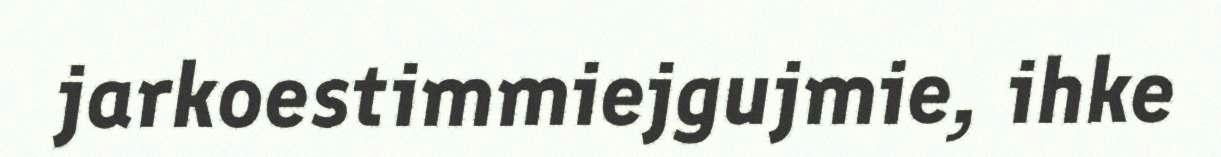
jarkoestimmiejgujmie, ihke